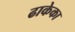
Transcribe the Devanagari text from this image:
ढाकेका